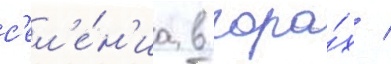
с'ел'е́н'иа в гора́х /